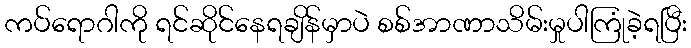
ကပ်ရောဂါကို ရင်ဆိုင်နေရချိန်မှာပဲ စစ်အာဏာသိမ်းမှုပါကြုံခဲ့ရပြီး